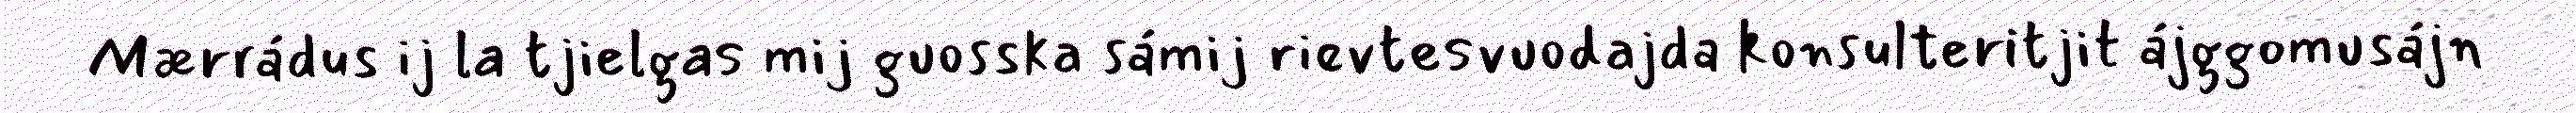
Mærrádus ij la tjielgas mij guosska sámij rievtesvuodajda konsulteritjit ájggomusájn